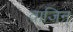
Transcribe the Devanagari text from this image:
वाजिन्